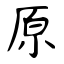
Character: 原